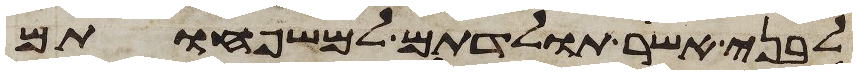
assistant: לבני אשר תולדתם למשפחותם